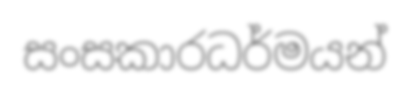
සංසකාරධර්මයන්